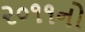
૨૦૧૧નો